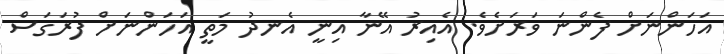
އަހަންނަށް ފެންނަ ވަރަށެވެ. އެއިރު އޭނާ އިނީ އެނދު މަތީ އަހަންނަށް ފުރަގަސް